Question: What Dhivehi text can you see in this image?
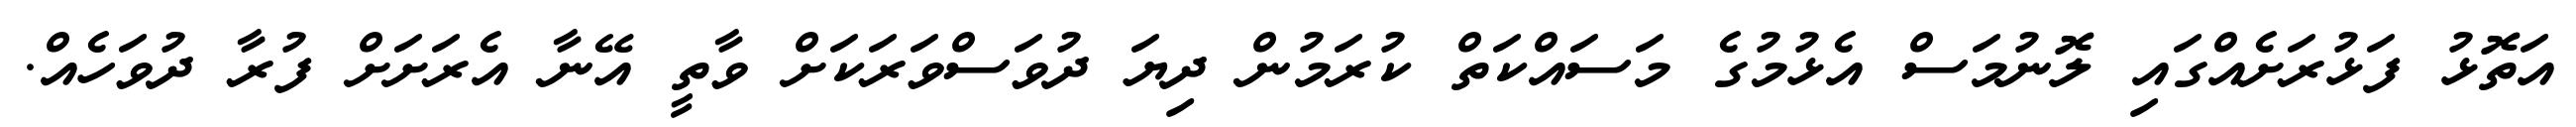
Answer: އަތޮޅު ފަޅުރަށެއްގައި ލޮނުމަސް އެޅުމުގެ މަސައްކަތް ކުރަމުން ދިޔަ ދުވަސްވަރަކަށް ވާތީ އޭނާ އެރަށަށް ފުރާ ދުވަހެއް.